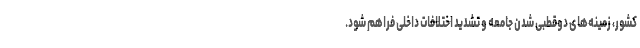
کشور، زمینه‌های دوقطبی‌ شدن جامعه و تشدید اختلافات داخلی فراهم شود.